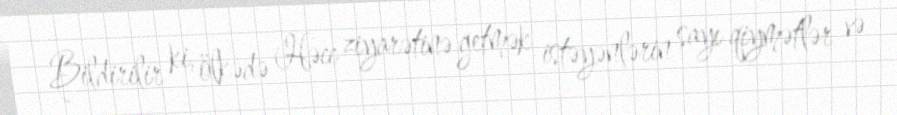
Bildirilir ki, ölkədə Həcc ziyarətinə getmək istəyənlərin sayı qiymətlər və